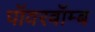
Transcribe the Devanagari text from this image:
पॉवरबॉम्ब